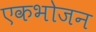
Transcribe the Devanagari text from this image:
एकभोजन